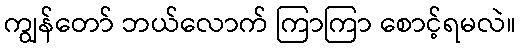
ကျွန်တော် ဘယ်လောက် ကြာကြာ စောင့်ရမလဲ။